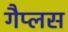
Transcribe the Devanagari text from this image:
गैप्लस